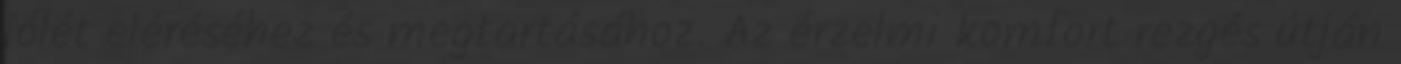
jólét eléréséhez és megtartásához. Az érzelmi komfort rezgés útján